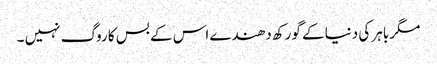
مگر باہر کی دنیا کے گورکھ دھندے اس کے بس کا روگ نہیں ۔